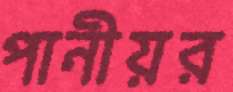
পানীয়র